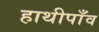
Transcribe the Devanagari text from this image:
हाथीपाँव